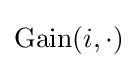
{\text{Gain}}(i,\cdot )